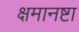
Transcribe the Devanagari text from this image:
क्षमानष्टा